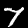
Label: 7